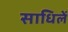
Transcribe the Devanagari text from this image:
साधिलें